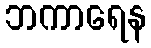
ဘကာရေန